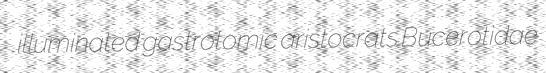
illuminated gastrotomic aristocrats Bucerotidae